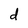
Character: d